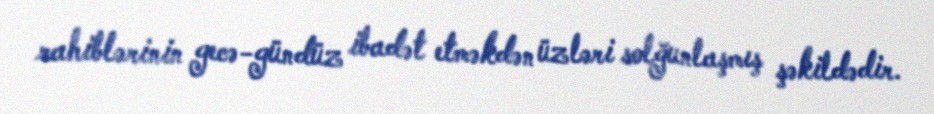
rahiblərinin gecə-gündüz ibadət etməkdən üzləri solğunlaşmış şəkildədir.